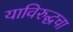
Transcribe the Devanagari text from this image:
याविरुद्धचा